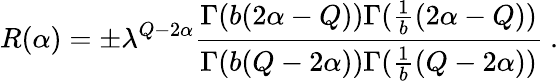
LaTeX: R(\alpha)=\pm\lambda^{Q-2\alpha}{\frac{\Gamma(b(2\alpha-Q))\Gamma({\frac{1}{b}}(2\alpha-Q))}{\Gamma(b(Q-2\alpha))\Gamma({\frac{1}{b}}(Q-2\alpha))}}\ .